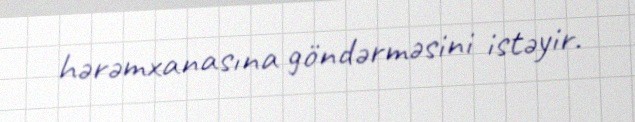
hərəmxanasına göndərməsini istəyir.